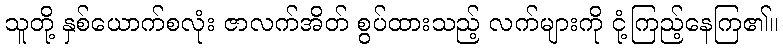
သူတို့ နှစ်ယောက်စလုံး ဇာလက်အိတ် စွပ်ထားသည့် လက်များကို ငုံ့ကြည့်နေကြ၏။